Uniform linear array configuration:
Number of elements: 32
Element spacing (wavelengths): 0.75
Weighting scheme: uniform
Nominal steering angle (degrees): -60
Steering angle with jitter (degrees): -58.646
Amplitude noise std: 0.05
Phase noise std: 0.05

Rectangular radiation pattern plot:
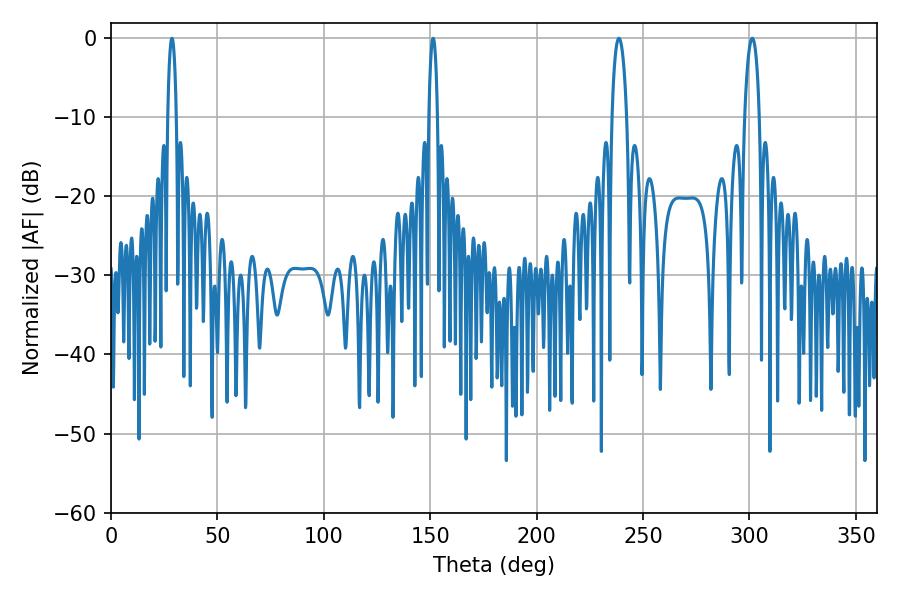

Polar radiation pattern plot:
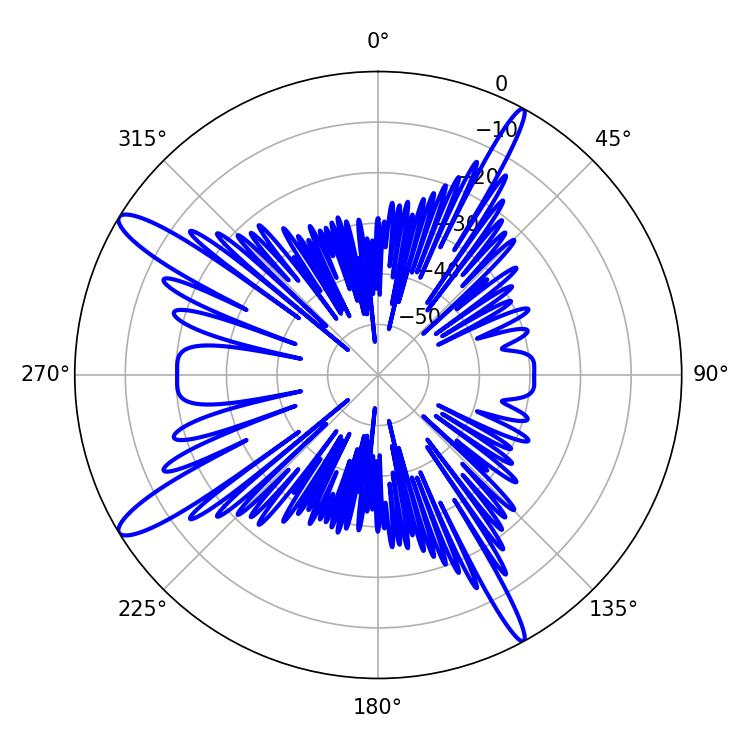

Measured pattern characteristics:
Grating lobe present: TRUE
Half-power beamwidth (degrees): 3.96
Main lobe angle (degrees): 301.32